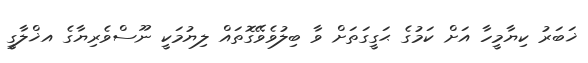
ޚަބަރު ކިޔާމީހާ އަށް ކަމުގެ ޙަގީގަތަށް ވާ ބިލުވެވޭގޮތައް ލިޔުމަކީ ނޫސްވެރިޔާގެ އޚްލާގީ